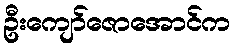
ဦးကျော်ဇောအောင်က